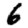
Digit: 6